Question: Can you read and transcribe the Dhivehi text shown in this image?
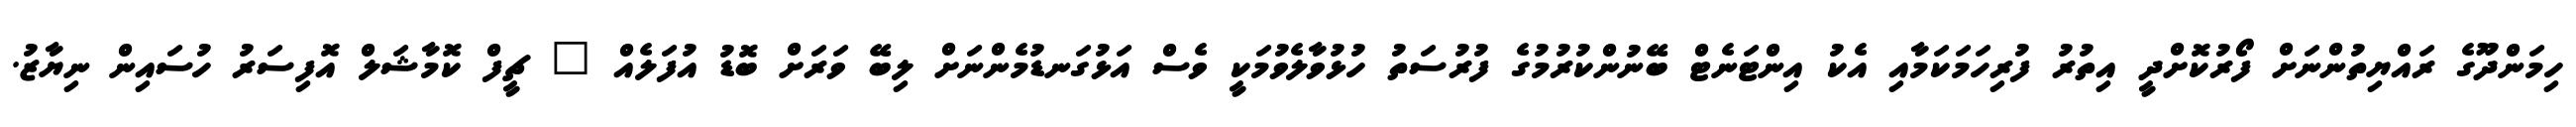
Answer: ހިމަންދޫގެ ރައްޔިތުންނަށް ފޯރުކޮށްދީ އިތުރު ފުރިހަމަކަމާއި އެކު އިންޓަނެޓް ބޭނުންކުރުމުގެ ފުރުސަތު ހުޅުވާލެވުމަކީ ވެސް އަޅުގަނޑުމެންނަށް ލިބޭ ވަރަށް ބޮޑު އުފަލެއް " ޗީފް ކޮމާޝަލް އޮފިސަރު ހުސައިން ނިޔާޒު.